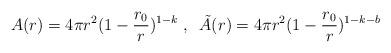
LaTeX: \begin{align*}A(r) = 4 \pi r^2 (1 - \frac{r_0}{r})^{1 - k} \; , \; \;\tilde{A}(r) = 4 \pi r^2 (1 - \frac{r_0}{r})^{1 - k - b}\end{align*}